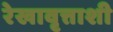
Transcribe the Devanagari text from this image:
रेखावृत्ताशी